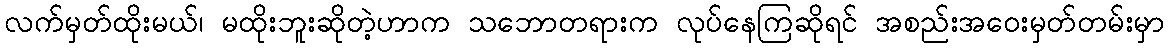
လက်မှတ်ထိုးမယ်၊ မထိုးဘူးဆိုတဲ့ဟာက သဘောတရားက လုပ်နေကြဆိုရင် အစည်းအဝေးမှတ်တမ်းမှာ